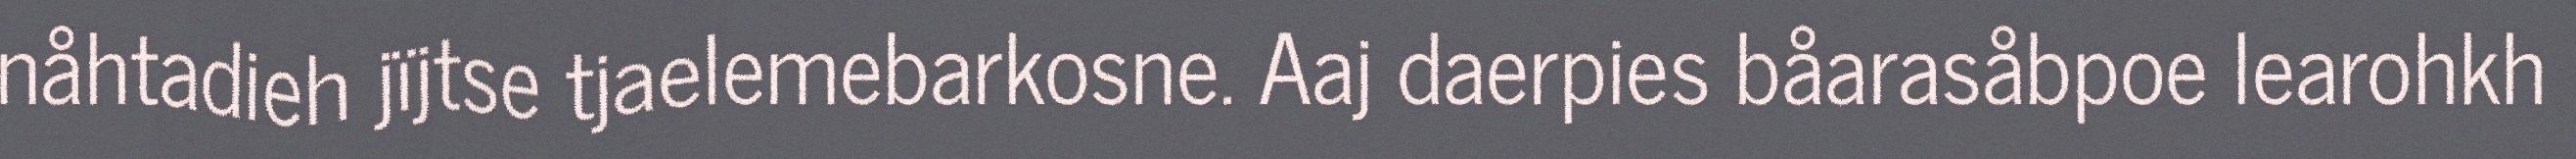
nåhtadieh jïjtse tjaelemebarkosne. Aaj daerpies båarasåbpoe learohkh